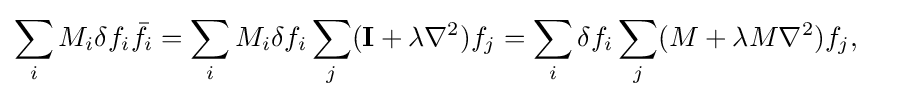
{\begin{aligned}\sum _{i}M_{i}\delta f_{i}{\bar {f}}_{i}&=\sum _{i}M_{i}\delta f_{i}\sum _{j}(\mathbf {I} +\lambda \nabla ^{2})f_{j}=\sum _{i}\delta f_{i}\sum _{j}(M+\lambda M\nabla ^{2})f_{j},\end{aligned}}